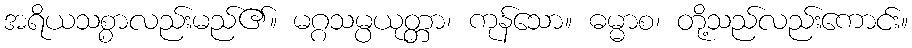
အရိယသစ္စာလည်းမည်၏။ မဂ္ဂသမ္ပယုတ္တာ၊ ကုန်သော။ ဓမ္မာစ၊ တို့သည်လည်းကောင်း။